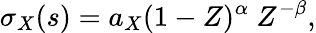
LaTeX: \sigma_{X}(s)=a_{X}(1-Z)^{\alpha}\ Z^{-\beta},